Lunatic asylums United Provinces 1909-1921 - 1909-1921
Year: 1909
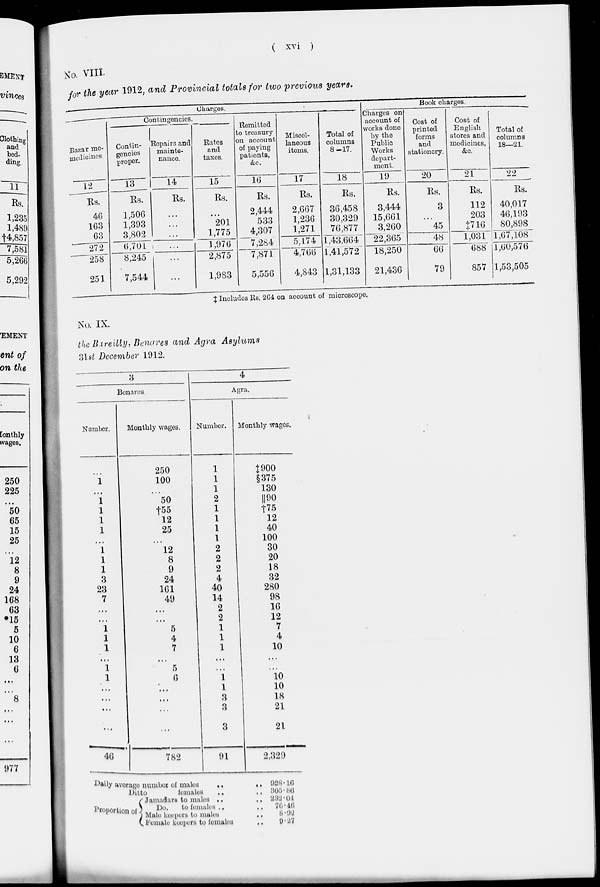
( xvi )
No. VIII.
for the year 1912, and Provincial totals for two previous years.
Charges.
Bazar mo-
medicines.
12
Rs.
46
163
63
272
258
251
Contingencies.
Contin-
gencies
proper.
13
Rs.
1,506
1,393
3,802
6,701
8,245
7,544
Repairs and
mainte-
nance.
14
Rs.
...
...
...
...
...
...
Rates
and
taxes.
15
Rs.
...
201
1,775
1,976
2,875
1,983
Remitted
to treasury
on account
of paying
patients,
&c.
16
Rs.
2,444
533
4,307
7,284
7,871
5,556
Miscel-
laneous
items.
17
Rs.
2,667
1,236
1,271
5,174
4,766
4,843
Total of
columns
8-17.
18
Rs.
36,458
30,329
76,877
1,43,664
1,41,572
1,31,133
Book charges.
Charges on
account of
works done
by the
Public
Works
depart-
ment.
19
Rs.
3,444
15,661
3,260
22,365
18,250
21,436
Cost of
printed
forms
and
stationery.
20
Rs.
3
...
45
48
66
79
Cost of
English
stores and
medicines,
&c.
21
Rs.
112
203
‡716
1,031
688
857
Total of
columns
18—21.
22
Rs.
40,017
46,193
80,898
1,67,108
1,60,576
1,53,505
‡ Includes Rs. 264 on account of microscope.
No. IX.
the Bareilly, Benares and Agra Asylums
31st December 1912.
3
Benares
Number.
...
1
...
1
1
1
1
1
1
1
1
3
23
7
...
...
1
1
1
...
1
1
...
...
...
...
46
Monthly wages.
250
100
...
50
†55
12
25
...
12
8
9
24
161
49
...
...
5
4
7
...
5
6
...
...
...
...
782
4
Agra.
Number.
1
1
1
2
1
1
1
1
2
2
2
4
40
14
2
2
1
1
1
...
...
1
1
3
3
3
91
Monthly wages.
‡ 900
§375
130
||90
†75
12
40
100
30
20
18
32
280
98
16
12
7
4
10
...
...
10
10
18
21
21
2,329
Daily average number of males .. ..
Ditto
females .. ..
proportion of
Jamadars to males .. ..
Do,
to females .. ..
Male keepers to males ..
Female keepers to
females
..
928.16
305.86
232.04
76.46
8.92
9.27